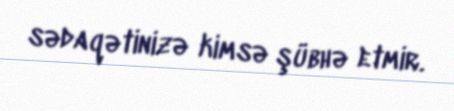
sədaqətinizə kimsə şübhə etmir.